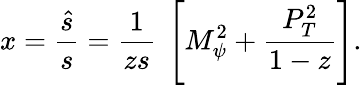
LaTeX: x=\frac{\hat{s}}{s}={\frac{1}{zs}}~\left[M_{\psi}^{2}+{\frac{P_{T}^{2}}{1-z}}\right].